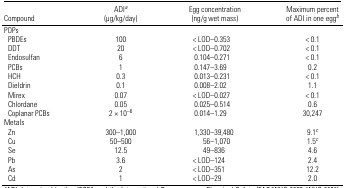
| Compound | ADIa (μg/kg/day) | Egg concentration (ng/g wet mass) | Maximum percent of ADI in one eggb |
 | --- | --- | --- | --- |
 | <COLSPAN=4> POPs |
 | PBDEs | 100 | < LOD–0.353 | < 0.1 |
 | DDT | 20 | < LOD–0.702 | < 0.1 |
 | Endosulfan | 6 | 0.104–0.271 | < 0.1 |
 | PCBs | 1 | 0.147–3.69 | 0.2 |
 | HCH | 0.3 | 0.013–0.231 | < 0.1 |
 | Dieldrin | 0.1 | 0.008–2.02 | 1.1 |
 | Mirex | 0.07 | < LOD–0.027 | < 0.1 |
 | Chlordane | 0.05 | 0.025–0.514 | 0.6 |
 | Coplanar PCBs | 2 × 10−6 | 0.014–1.29 | 30,247 |
 | <COLSPAN=4> Metals |
 | Zn | 300–1,000 | 1,330–39,480 | 9.1c |
 | Cu | 50–500 | 56–1,070 | 1.5c |
 | Se | 12.5 | 49–836 | 4.6 |
 | Pb | 3.6 | < LOD–124 | 2.4 |
 | As | 2 | < LOD–351 | 12.2 |
 | Cd | 1 | < LOD–29 | 2.0 |